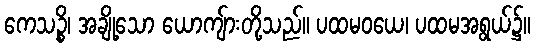
ကေသဉ္စိ၊ အချို့သော ယောကျ်ားတို့သည်။ ပထမဝယေ၊ ပထမအရွယ်၌။